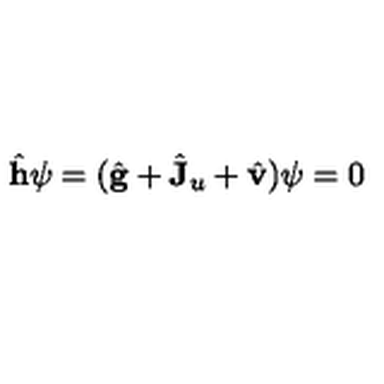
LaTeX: \hat { \bf h } \psi = ( \hat { \bf g } + \hat { \bf J } _ { u } + \hat { \bf v } ) \psi = 0